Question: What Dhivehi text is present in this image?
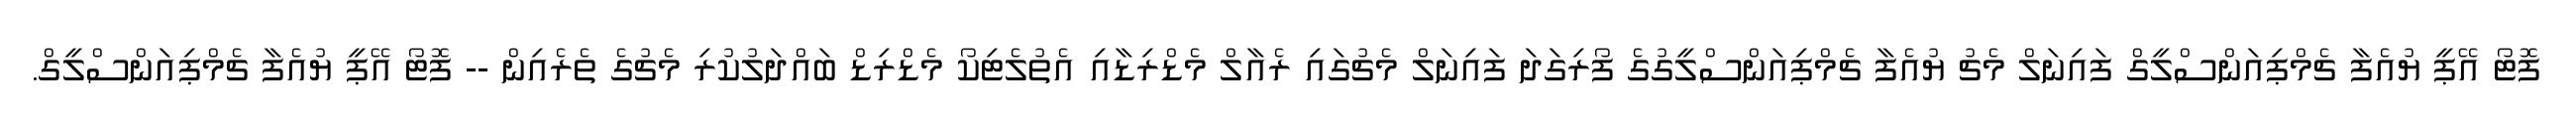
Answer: ފޮޓޯ އޭޕީ ޔުއެފާ ޗެމްޕިއަންސްލީގް ފައިނަލް މެޗު ޔުއެފާ ޗެމްޕިއަންސްލީގުގެ ފޯރިގަދަ ފައިނަލް މެޗުގައި ރެއާލް މެޑްރިޑާއި އެތުލެޓިކޯ މެޑްރިޑް ބައްދަލުކުރި މެޗުގެ ތެރެއިން -- ފޮޓޯ އޭޕީ ޔުއެފާ ޗެމްޕިއަންސްލީގް.